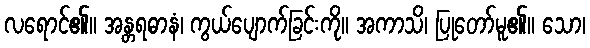
လရောင်၏။ အန္တရဓာနံ၊ ကွယ်ပျောက်ခြင်းကို။ အကာသိ၊ ပြုတော်မူ၏။ သော၊